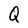
Character: Q